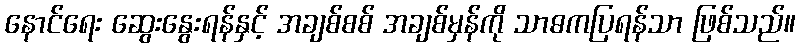
နောင်ရေး ဆွေးနွေးရန်နှင့် အချစ်စစ် အချစ်မှန်ကို သာဓကပြရန်သာ ဖြစ်သည်။